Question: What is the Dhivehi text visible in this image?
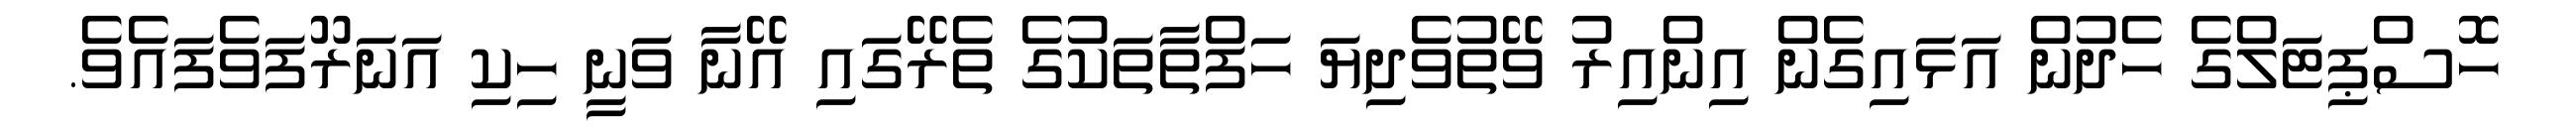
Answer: ހޮސްޕިޓަލްގެ ހެދުން އަޅައިގެން އިންއިރު ވޭތުވެދިޔަ ހަފްތާތަކުގެ ތެރޭގައި އޭނާ ވަނީ ހިކި އަނަރޫފަވެފައެވެ.